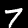
Digit: 7